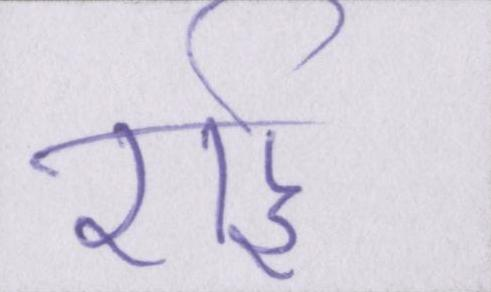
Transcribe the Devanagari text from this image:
राई